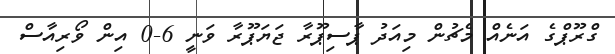
ގްރޫޕްގެ އަނެއް މެޗުން މިއަދު ޕާސިޕޫރާ ޖަޔަޕޫރާ ވަނީ 6-0 އިން ވޯރިއާސް